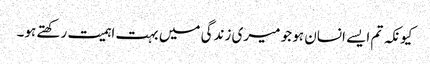
کیونکہ تم ایسے انسان ہو جو میری زندگی میں بہت اہمیت رکھتے ہو۔